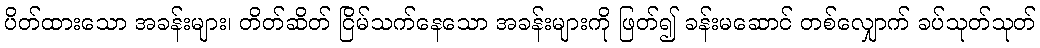
ပိတ်ထားသော အခန်းများ၊ တိတ်ဆိတ် ငြိမ်သက်နေသော အခန်းများကို ဖြတ်၍ ခန်းမဆောင် တစ်လျှောက် ခပ်သုတ်သုတ်